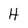
Character: H